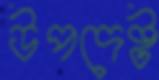
উপদেষ্ট